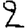
Digit: 2